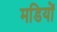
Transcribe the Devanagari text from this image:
मडियों